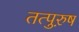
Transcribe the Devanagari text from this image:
तत्पुरु़ष